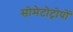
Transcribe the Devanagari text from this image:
सोमेटोट्रोपों